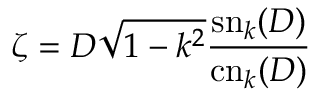
\zeta = D \sqrt { 1 - k ^ { 2 } } \frac { \mathrm { s n } _ { k } ( D ) } { \mathrm { c n } _ { k } ( D ) }